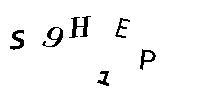
S9H1EP